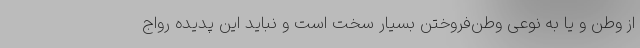
از وطن و یا به نوعی وطن‌فروختن بسیار سخت است و نباید این پدیده رواج